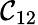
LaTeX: \mathcal{C}_{12}